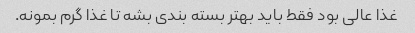
غذا عالی بود فقط باید بهتر بسته بندی بشه تا غذا گرم بمونه.